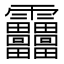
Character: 𩇓